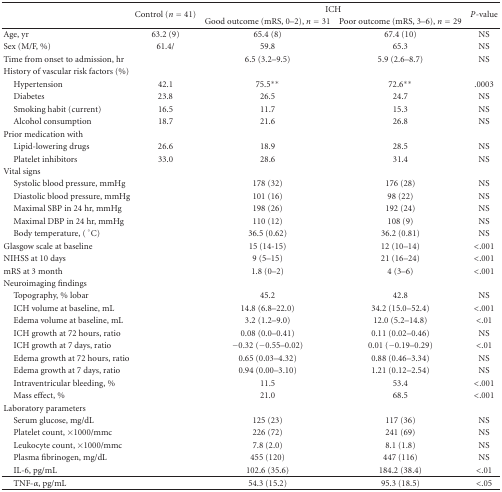
<table><thead><tr><td></td><td rowspan="2"><b>Control (<i>n</i> = 41)</b></td><td colspan="2"><b>ICH</b></td><td rowspan="2"><b><i>P</i>-value</b></td></tr><tr><td></td><td><b>Good outcome (mRS, 0–2), <i>n</i> = 31</b></td><td><b>Poor outcome (mRS, 3–6), <i>n</i> = 29</b></td></tr></thead><tbody><tr><td>Age, yr</td><td>63.2 (9)</td><td>65.4 (8)</td><td>67.4 (10)</td><td>NS</td></tr><tr><td>Sex (M/F, %)</td><td>61.4/</td><td>59.8</td><td>65.3</td><td>NS</td></tr><tr><td>Time from onset to admission, hr</td><td></td><td>6.5 (3.2–9.5)</td><td>5.9 (2.6–8.7)</td><td>NS</td></tr><tr><td>History of vascular risk factors (%)</td><td></td><td></td><td></td><td></td></tr><tr><td> Hypertension</td><td>42.1</td><td>75.5**</td><td>72.6**</td><td>.0003</td></tr><tr><td> Diabetes</td><td>23.8</td><td>26.5</td><td>24.7</td><td>NS</td></tr><tr><td> Smoking habit (current)</td><td>16.5</td><td>11.7</td><td>15.3</td><td>NS</td></tr><tr><td> Alcohol consumption</td><td>18.7</td><td>21.6</td><td>26.8</td><td>NS</td></tr><tr><td>Prior medication with</td><td></td><td></td><td></td><td></td></tr><tr><td> Lipid-lowering drugs</td><td>26.6</td><td>18.9</td><td>28.5</td><td>NS</td></tr><tr><td> Platelet inhibitors</td><td>33.0</td><td>28.6</td><td>31.4</td><td>NS</td></tr><tr><td>Vital signs</td><td></td><td></td><td></td><td></td></tr><tr><td> Systolic blood pressure, mmHg</td><td></td><td>178 (32)</td><td>176 (28)</td><td>NS</td></tr><tr><td> Diastolic blood pressure, mmHg</td><td></td><td>101 (16)</td><td>98 (22)</td><td>NS</td></tr><tr><td> Maximal SBP in 24 hr, mmHg</td><td></td><td>198 (26)</td><td>192 (24)</td><td>NS</td></tr><tr><td> Maximal DBP in 24 hr, mmHg</td><td></td><td>110 (12)</td><td>108 (9)</td><td>NS</td></tr><tr><td> Body temperature, (°C)</td><td></td><td>36.5 (0.62)</td><td>36.2 (0.81)</td><td>NS</td></tr><tr><td>Glasgow scale at baseline</td><td></td><td>15 (14-15)</td><td>12 (10–14)</td><td>&lt;.001</td></tr><tr><td>NIHSS at 10 days</td><td></td><td>9 (5–15)</td><td>21 (16–24)</td><td>&lt;.001</td></tr><tr><td>mRS at 3 month</td><td></td><td>1.8 (0–2)</td><td>4 (3–6)</td><td>&lt;.001</td></tr><tr><td>Neuroimaging findings</td><td></td><td></td><td></td><td></td></tr><tr><td> Topography, % lobar</td><td></td><td>45.2</td><td>42.8</td><td>NS</td></tr><tr><td> ICH volume at baseline, mL</td><td></td><td>14.8 (6.8–22.0)</td><td>34.2 (15.0–52.4)</td><td>&lt;.001</td></tr><tr><td> Edema volume at baseline, mL</td><td></td><td>3.2 (1.2–9.0)</td><td>12.0 (5.2–14.8)</td><td>&lt;.01</td></tr><tr><td> ICH growth at 72 hours, ratio</td><td></td><td>0.08 (0.0–0.41)</td><td>0.11 (0.02–0.46)</td><td>NS</td></tr><tr><td> ICH growth at 7 days, ratio</td><td></td><td>−0.32 (−0.55–0.02)</td><td>0.01 (−0.19–0.29)</td><td>&lt;.01</td></tr><tr><td> Edema growth at 72 hours, ratio</td><td></td><td>0.65 (0.03–4.32)</td><td>0.88 (0.46–3.34)</td><td>NS</td></tr><tr><td> Edema growth at 7 days, ratio</td><td></td><td>0.94 (0.00–3.10)</td><td>1.21 (0.12–2.54)</td><td>NS</td></tr><tr><td> Intraventricular bleeding, %</td><td></td><td>11.5</td><td>53.4</td><td>&lt;.001</td></tr><tr><td> Mass effect, %</td><td></td><td>21.0</td><td>68.5</td><td>&lt;.001</td></tr><tr><td>Laboratory parameters</td><td></td><td></td><td></td><td></td></tr><tr><td> Serum glucose, mg/dL</td><td></td><td>125 (23)</td><td>117 (36)</td><td>NS</td></tr><tr><td> Platelet count, ×1000/mmc</td><td></td><td>226 (72)</td><td>241 (69)</td><td>NS</td></tr><tr><td> Leukocyte count, ×1000/mmc</td><td></td><td>7.8 (2.0)</td><td>8.1 (1.8)</td><td>NS</td></tr><tr><td> Plasma fibrinogen, mg/dL</td><td></td><td>455 (120)</td><td>447 (116)</td><td>NS</td></tr><tr><td> IL-6, pg/mL</td><td></td><td>102.6 (35.6)</td><td>184.2 (38.4)</td><td>&lt;.01</td></tr><tr><td> TNF-<i>α</i>, pg/mL</td><td></td><td>54.3 (15.2)</td><td>95.3 (18.5)</td><td>&lt;.05</td></tr></tbody></table>